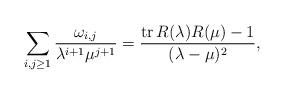
LaTeX: \begin{align*}&\sum_{i,j\geq 1} \frac{\omega_{i,j}}{\lambda^{i+1} \mu^{j+1}}=\frac{{\rm tr}\, R(\lambda)R(\mu)-1}{(\lambda-\mu)^2},\end{align*}